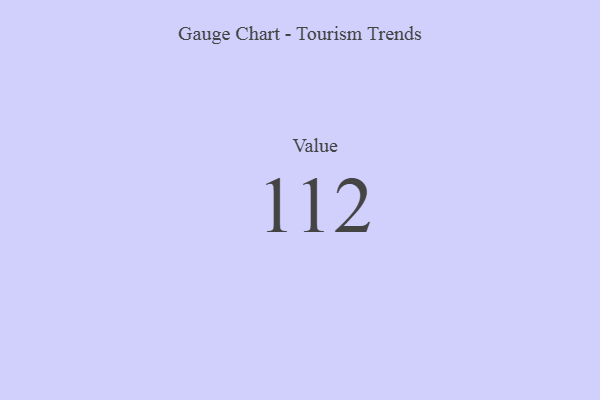
{"axis": {"x": "Metric", "y": "Value"}, "legend": [""], "data": [{"x": "Value", "y": 112, "type": ""}]}